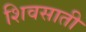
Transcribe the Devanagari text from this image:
शिवसाती